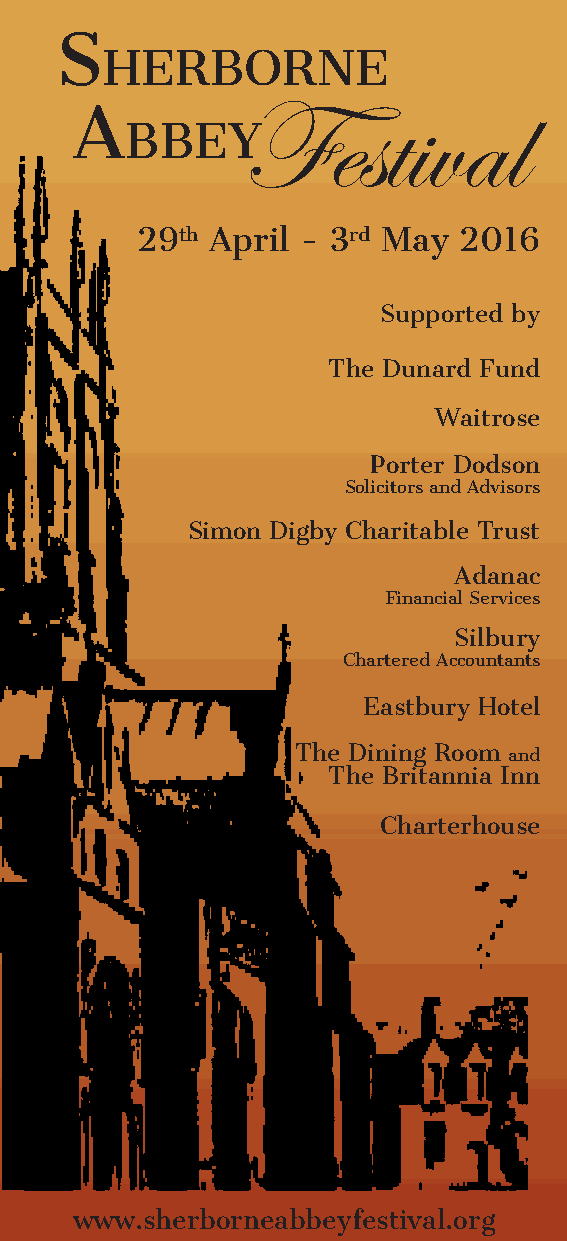
S
 HERBORNE
 Festival
 A
 BBEY
 29th April - 3rd May 2016
 Supported by
 The Dunard Fund
 Waitrose
 Porter Dodson
 Solicitors and Advisors
 Simon Digby Charitable Trust
 Adanac
 Financial Services
 Silbury
 Chartered Accountants
 Eastbury Hotel
 The Dining Room and
 The Britannia Inn
 Charterhouse
 www.sherborneabbeyfestival.org